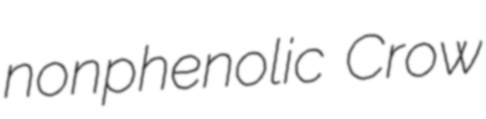
nonphenolic Crow